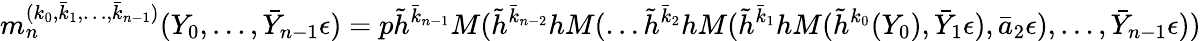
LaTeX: m_{n}^{(k_{0},\bar{k}_{1},\dots,\bar{k}_{n-1})}(Y_{0},\dots,\bar{Y}_{n-1}\epsilon)=p\tilde{h}^{\bar{k}_{n-1}}M(\tilde{h}^{\bar{k}_{n-2}}hM(\dots\tilde{h}^{\bar{k}_{2}}hM(\tilde{h}^{\bar{k}_{1}}hM(\tilde{h}^{k_{0}}(Y_{0}),\bar{Y}_{1}\epsilon),\bar{a}_{2}\epsilon),\dots,\bar{Y}_{n-1}\epsilon))